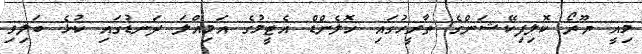
މިއީ ޔޫރޯ ކޮލިފިކޭޝަންގެ ތާރީހުގައި ހޮލެންޑް އެޓީމުގެ އަމިއްލަ ދަނޑުގައި ކުޅެ ބަލިވި